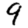
Digit: 9